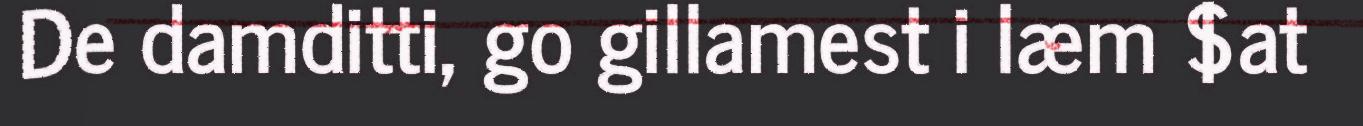
De damditti, go gillamest i læm $at